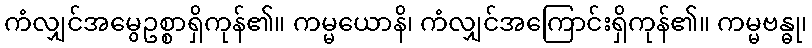
ကံလျှင်အမွေဥစ္စာရှိကုန်၏။ ကမ္မယောနိ၊ ကံလျှင်အကြောင်းရှိကုန်၏။ ကမ္မဗန္ဓု၊